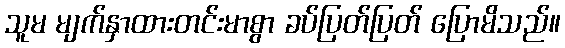
သူမ မျက်နှာထားတင်းမာစွာ ခပ်ပြတ်ပြတ် ပြောမိသည်။